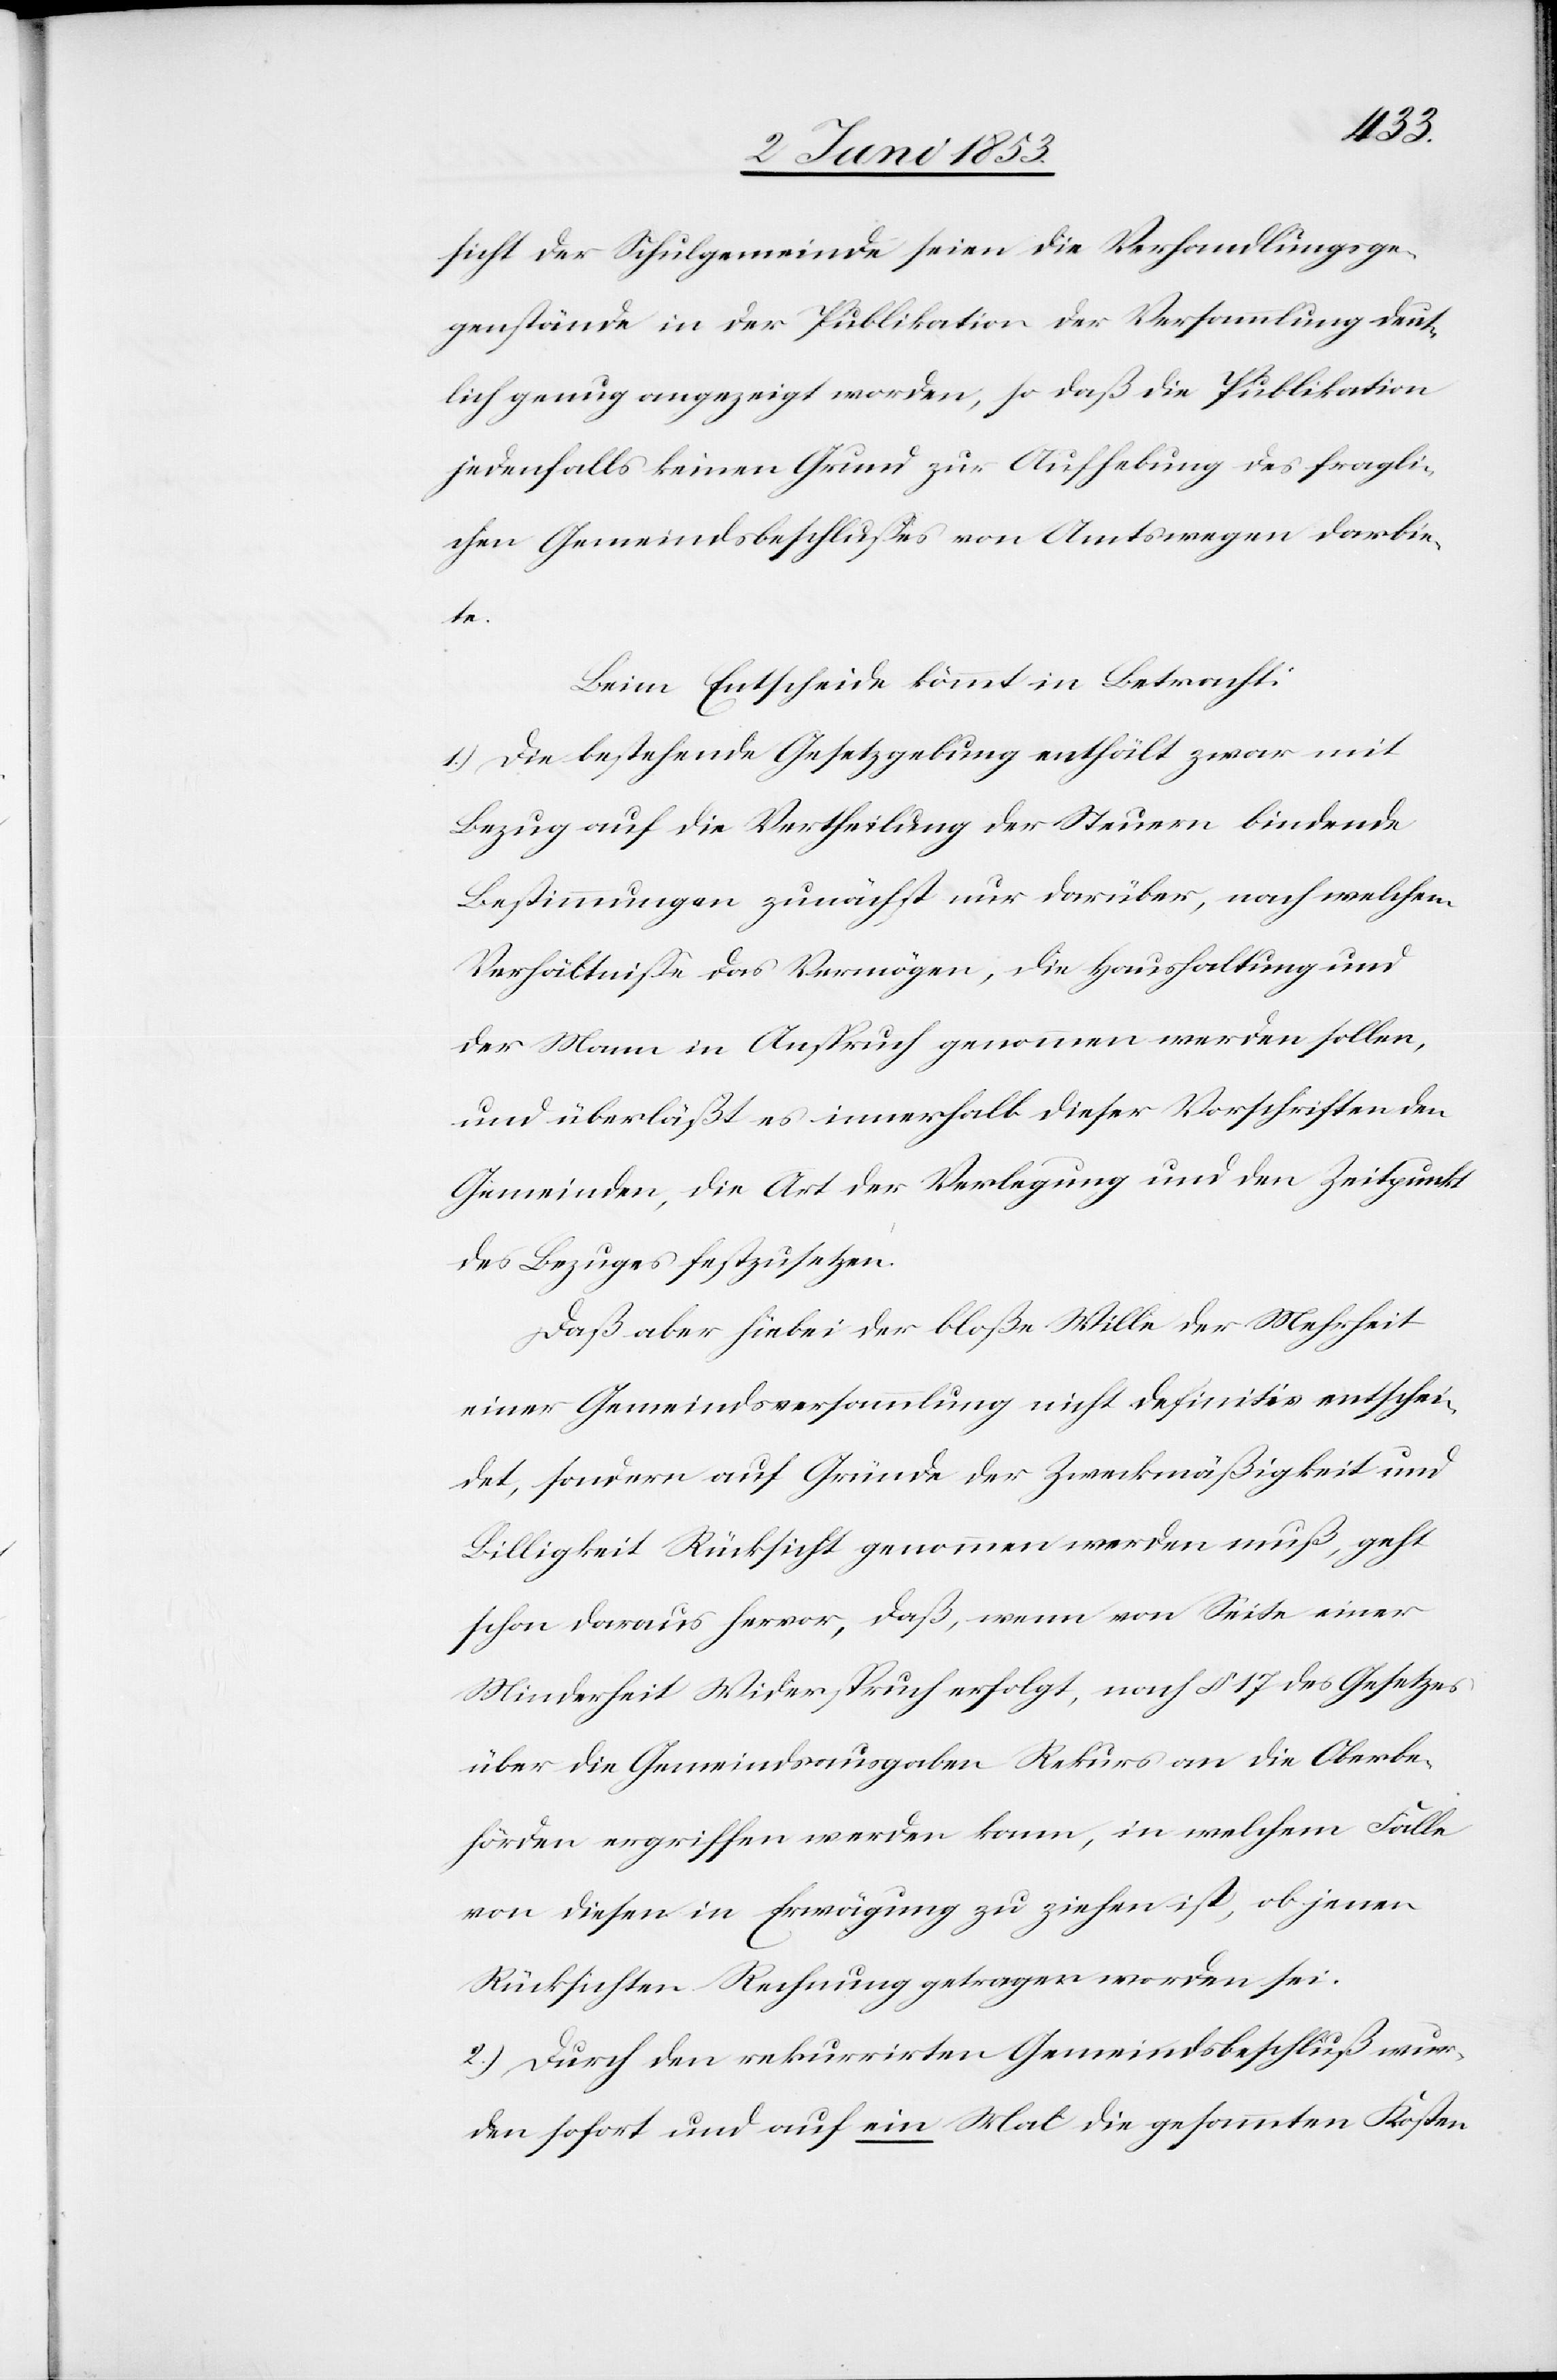
sicht der Schulgemeinde seien die Verhandlungsge¬
genstände in der Publikation der Versammlung deut¬
lich genug angezeigt worden, so daß die Publikation
jedenfalls keinen Grund zur Aufhebung des fragli¬
chen Gemeindsbeschlußes von Amtswegen darbie¬
te.
Beim Beschluß kömmt in Betracht:
1.) Die bestehende Gesetzgebung enthält zwar mit
Bezug auf die Vertheilung der Steuern bindende
Bestimmungen zunächst nur darüber, nach welchen
Verhältnißen das Vermögen, die Haushaltung und
der Mann in Anspruch genommen werden sollen,
und überläßt es innerhalb dieser Vorschriften den
Gemeinden, die Art der Verlegung und den Zeitpunkt
des Bezuges festzusetzen.
Daß aber hiebei der bloße Wille der Mehrheit
einer Gemeindsversammlung nicht definitiv entschei¬
det, sondern auf Gründe der Zweckmäßigkeit und
Billigkeit Rücksicht genommen werden muß, geht
schon daraus hervor, daß, wenn von Seite einer
Minderheit Widerspruch erfolgt, nach § 17 des Gesetzes
über die Gemeindsausgaben Rekurs an die Oberbe¬
hörden ergriffen werden kann, in welchem Falle
von diesen in Erwägung zu ziehen ist, ob jenen
Rücksichten Rechnung getragen worden sei.
2.) Durch den rekurrirten Gemeindsbeschluß wur¬
den sofort und auf ein Mal die gesammten Kosten